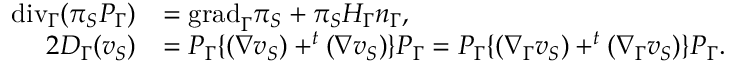
\begin{array} { r l } { \mathrm { { d i v } } _ { \Gamma } ( \pi _ { S } P _ { \Gamma } ) } & { = { \mathrm { g r a d } } _ { \Gamma } \pi _ { S } + \pi _ { S } H _ { \Gamma } n _ { \Gamma } , } \\ { 2 D _ { \Gamma } ( v _ { S } ) } & { = P _ { \Gamma } \{ ( \nabla v _ { S } ) + ^ { t } ( \nabla v _ { S } ) \} P _ { \Gamma } = P _ { \Gamma } \{ ( \nabla _ { \Gamma } v _ { S } ) + ^ { t } ( \nabla _ { \Gamma } v _ { S } ) \} P _ { \Gamma } . } \end{array}